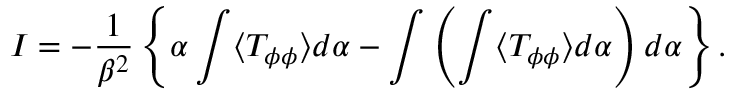
I = - { \frac { 1 } { \beta ^ { 2 } } } \left\{ { \alpha \int \langle T _ { \phi \phi } \rangle d \alpha } - { \int \left( \int \langle T _ { \phi \phi } \rangle d \alpha \right) d \alpha } \right\} .